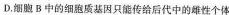
D.细胞B中的细胞质基因只能传给后代中的雌性个体